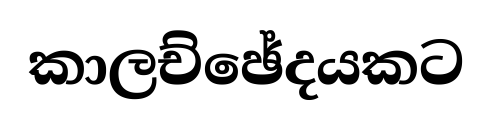
කාලච්ඡේදයකට